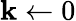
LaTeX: \mathbf{k}\gets0